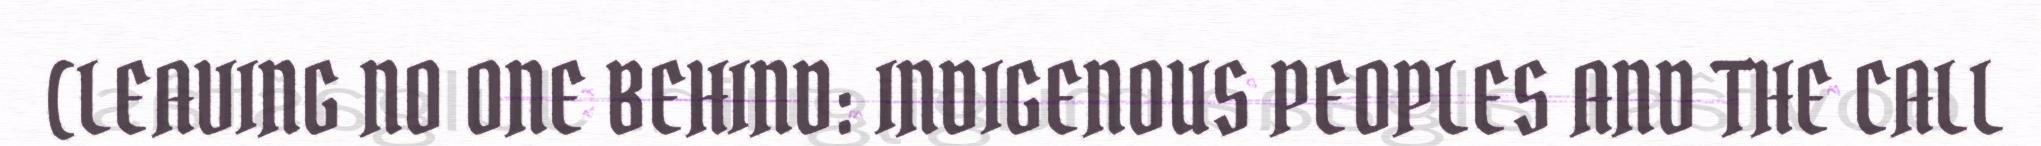
(LEAVING NO ONE BEHIND: INDIGENOUS PEOPLES AND THE CALL